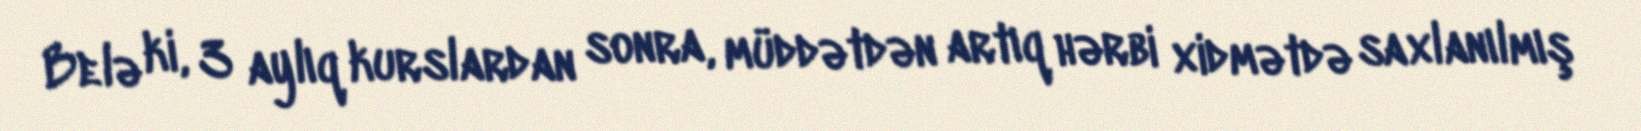
Belə ki, 3 aylıq kurslardan sonra, müddətdən artıq hərbi xidmətdə saxlanılmış